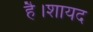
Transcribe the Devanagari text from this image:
है।शायद